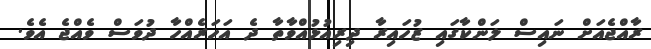
ރާއްޖެއަށް ނައިސް ލަންކާގައި ޒުހައިރާ ދިރިއުޅުއްވާތާ ދެ އަހަރެއްހާ ދުވަސް ވެއްޖެ އެވެ.